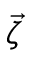
\vec { \zeta }